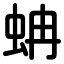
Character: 蚺